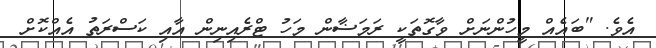
އެވެ. "ބައެއް މީހުންނަށް ވާގޮތަކީ ރަމަޟާން މަހު ޓްރެއިނިން އާއި ކަސްރަތު އެއްކޮށް